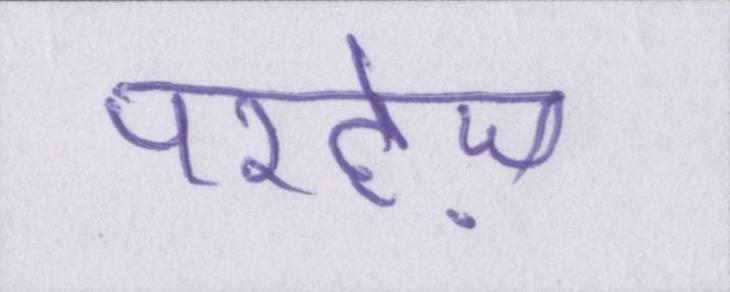
परहेज़